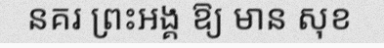
នគរ ព្រះអង្គ ឱ្យ មាន សុខ